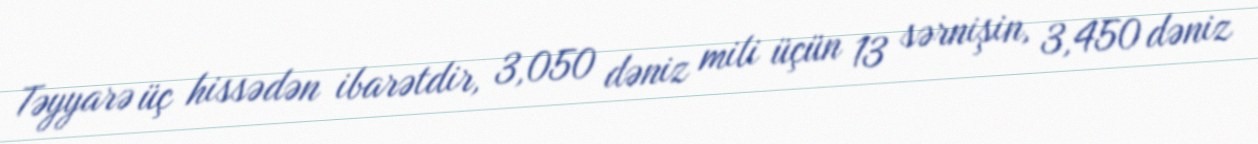
Təyyarə üç hissədən ibarətdir, 3,050 dəniz mili üçün 13 sərnişin, 3,450 dəniz